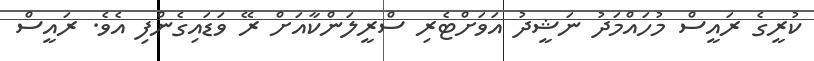
ކުރީގެ ރައީސް މުހައްމަދު ނަޝީދު އަވަށްޓެރި ސްރީލަންކާއަށް ރޭ ވަޑައިގެންފި އެވެ. ރައީސް